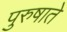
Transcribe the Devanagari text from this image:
पुरुषाते